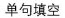
单句填空